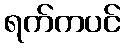
ရက်ကပင်